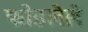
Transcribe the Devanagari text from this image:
फोडलेले